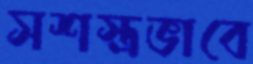
সশস্ত্রভাবে